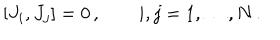
[ J _ { i } , J _ { j } ] = 0 \, , \qquad i , j = 1 , \dots , N \, .